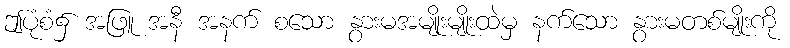
ဤပုံစံ၌ အဖြူ အနီ အနက် စသော နွားမအမျိုးမျိုးထဲမှ နက်သော နွားမတစ်မျိုးကို